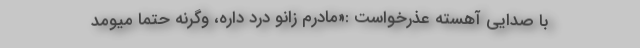
با صدایی آهسته عذرخواست :«مادرم زانو درد داره، وگرنه حتماً میومد